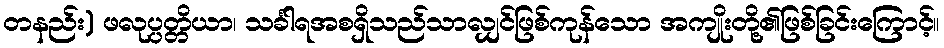
တနည်း) ဖလုပ္ပတ္တိယာ၊ သင်္ခါရအစရှိသည်သာလျှင်ဖြစ်ကုန်သော အကျိုးတို့၏ဖြစ်ခြင်းကြောင့်။